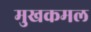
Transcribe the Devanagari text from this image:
मुखकमल